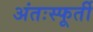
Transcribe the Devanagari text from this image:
अंतःस्फूर्ती